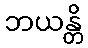
ဘယန္တိ